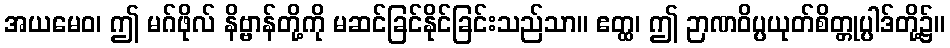
အယမေဝ၊ ဤ မဂ်ဖိုလ် နိဗ္ဗာန်တို့ကို မဆင်ခြင်နိုင်ခြင်းသည်သာ။ ဧတ္ထ၊ ဤ ဉာဏဝိပ္ပယုတ်စိတ္တုပ္ပါဒ်တို့၌။